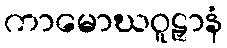
ကာမောဃဝူဠှာနံ